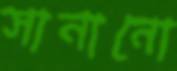
সানানো